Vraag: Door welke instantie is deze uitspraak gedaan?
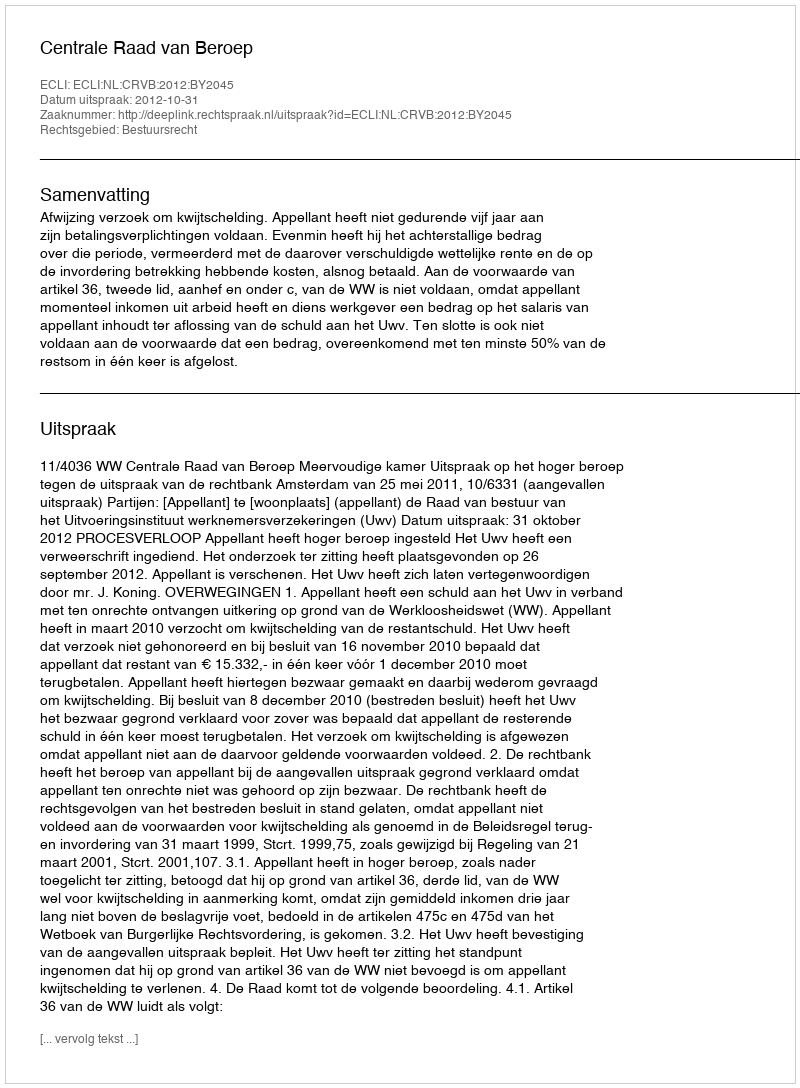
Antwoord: Centrale Raad van Beroep